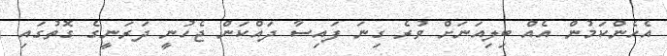
އެހެންކަމުން އެއް ބިލިއަނަށް ވުރެ ގިނަ ފައިސާ ދައްކަން ޖެހުނީ ދަރަނީގެ ގޮތުގައި